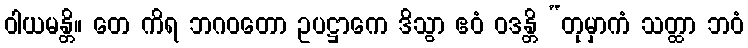
ဝါယမန္တိ။ တေ ကိရ ဘဂဝတော ဥပဋ္ဌာကေ ဒိသွာ ဧဝံ ဝဒန္တိ “တုမှာကံ သတ္ထာ ဘဝံ